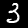
Digit: 3